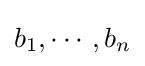
b_{1},\cdots ,b_{n}